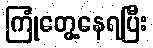
ကြုံတွေ့နေရပြီး